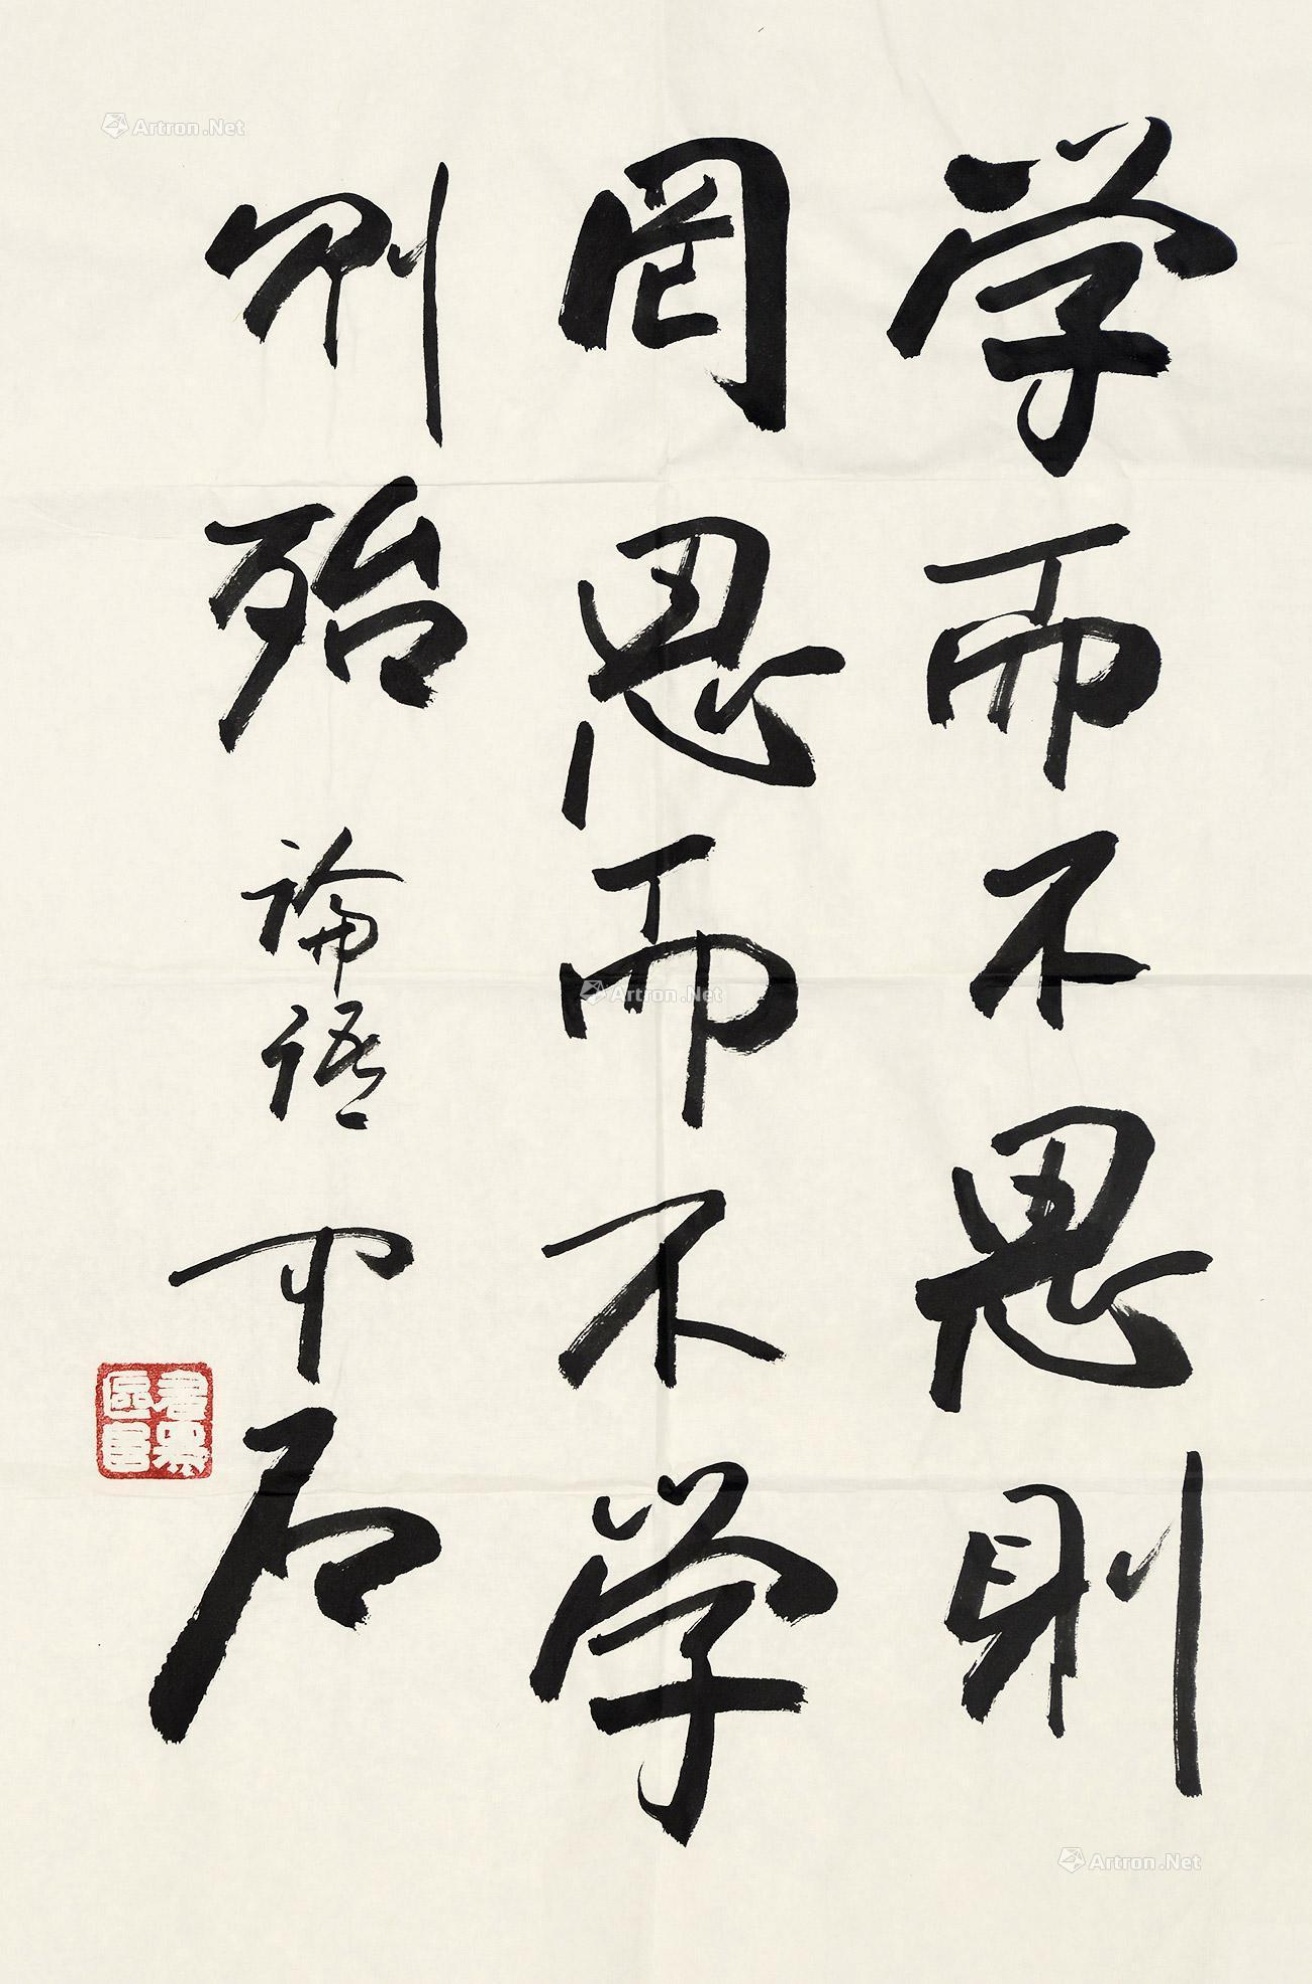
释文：学而不思则罔，思而不学则殆。论语。中石。